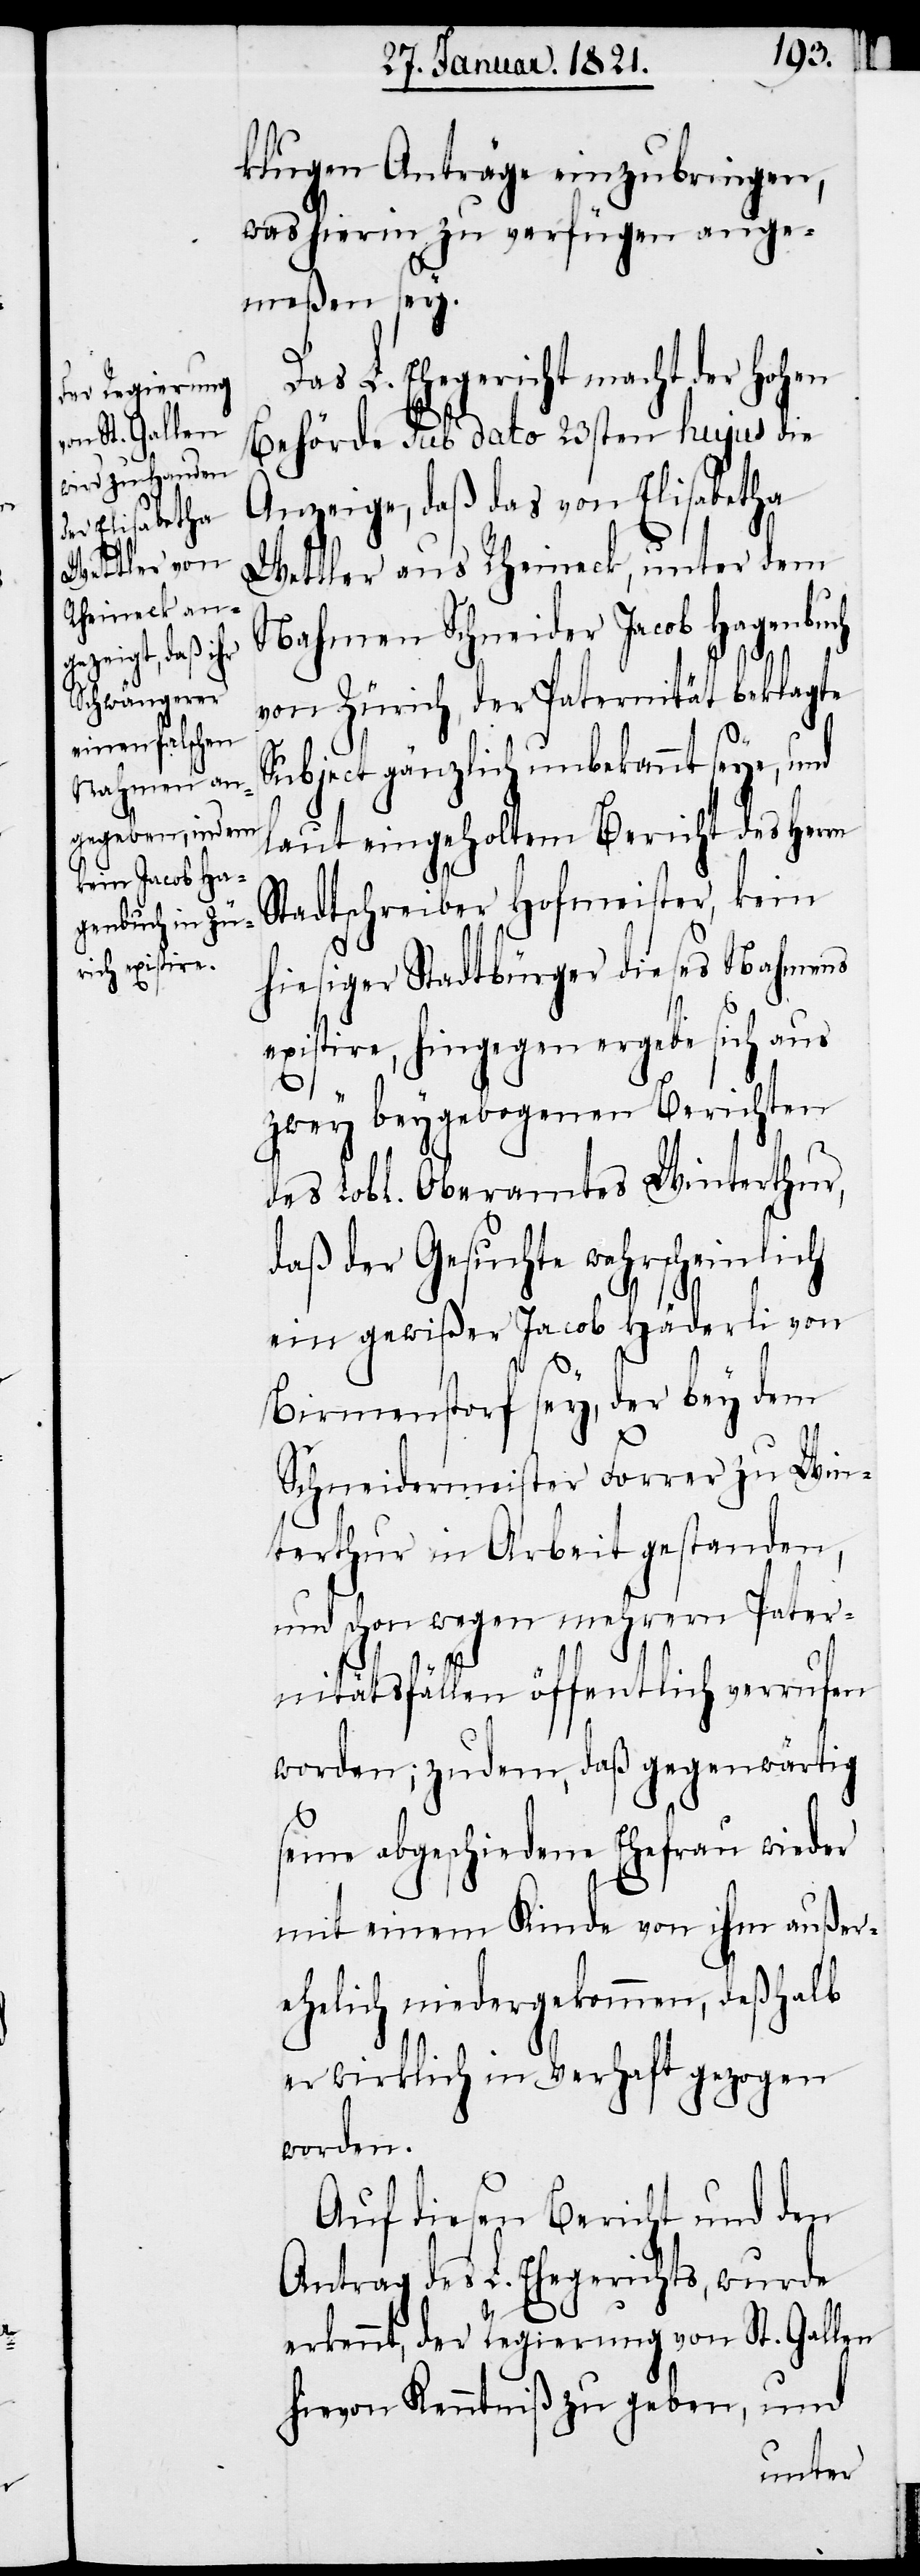
rn
klugen Anträge einzubringen,
was hierin zu verfügen ange¬
meßen sey.
L. Ehegericht mach der hohen
Behörde sub dato 23sten hujus die
Anzeige, daß das von Elisabetha
Wettler aus Rheineck, unter dem
Nahmen Schneider Jacob Hagenbuch
von Zürich, der Paternität beklagte
Subject gänzlich unbekannt seye, und
laut eingeholtem Bericht des Her¬
Stadtschreiber Hofmeister, kein
hiesiger Stadtbürger dieses Nahmens
existire, hingegen ergebe sich aus
zwey beygebogenen Berichten
des Lobl. Oberamtes Winterthur,
daß der Gesuchte wahrscheinlich
ein gewißer Jacob Häderli von
Birmenstorf sey, der bey dem
Schneidermeister Forrer zu Win¬
terthur in Arbeit gestanden,
und schon wegen mehrern Pater¬
nitätsfällen öffentlich verrufen
worden; zudem, daß gegenwärtig
seine abgeschiedene Ehefrau wieder
mit einem Kinde von ihm außer¬
ehelich niedergekommen, deßhalb
er wirklich in Verhaft gezogen
worden.
Auf diesen Bericht und den
Antrag des L. Ehegerichts, wurde
erkennt, der Regierung von St. Gallen
hievon Kenntniß zu geben, und